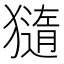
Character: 𤢍